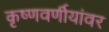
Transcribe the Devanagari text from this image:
कृष्णवर्णीयांवर